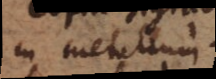
in metallum.